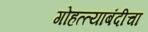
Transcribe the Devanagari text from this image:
गोहत्त्याबंदीचा